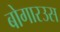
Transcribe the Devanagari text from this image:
बोगारउस